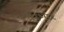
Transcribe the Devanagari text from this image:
चरभार